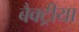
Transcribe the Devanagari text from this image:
बैक्ट्रीया